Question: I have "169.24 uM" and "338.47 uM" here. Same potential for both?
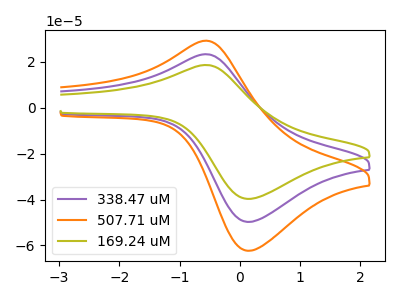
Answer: <think>The purple curve "338.47 uM" has an anodic peak at (-0.60V, 23.25uA) and a cathodic peak at (0.15V, -49.75uA). The orange curve "507.71 uM" has an anodic peak at (-0.60V, 46.50uA) and a cathodic peak at (0.15V, -99.50uA). The olive curve "169.24 uM" has an anodic peak at (-0.60V, 18.55uA) and a cathodic peak at (0.15V, -39.70uA).
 All the peaks in "169.24 uM" have a peak in "338.47 uM" at the same potential. Every peak in "169.24 uM" is lower than every peak in "338.47 uM".</think>
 <answer>"169.24 uM" and "338.47 uM" are similar in shape.</answer>
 <eval>same_shape</eval>